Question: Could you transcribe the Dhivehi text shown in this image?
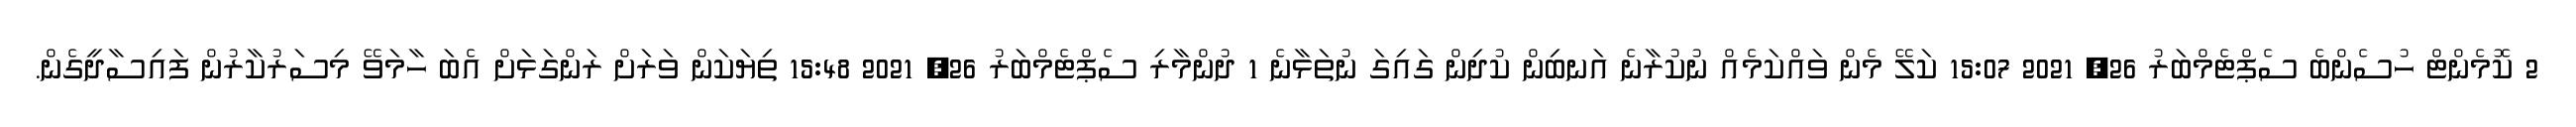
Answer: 2 ކޮމެންޓް ހުސެންބެ ސެޕްޓެމްބަރު 26, 2021 15:07 ކަލޭ މެން ވައްކަމެއް ނުކުރާނެ އަނބިން ކުދިން ގައިގަ ނުތަޅާނެ 1 ދުންމާރި ސެޕްޓެމްބަރު 26, 2021 15:48 ތިޔަކަން ވަރަށް ރަންގަޅަށް އެބަ ހާމަވޭ މިސަރުކާރުން ފައިސާދީގެން.